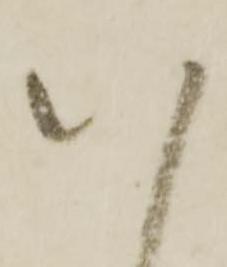
八